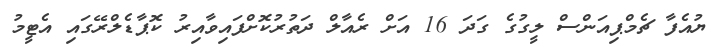
ޔުއެފާ ޗެމްޕިއަންސް ލީގުގެ ގަދަ 16 އަށް ރެއާލް ދަތުރުކޮށްފައިވާއިރު ކޮޕާޑެލްރޭގައި އެޓީމު